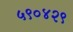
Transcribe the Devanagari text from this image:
५९०४२९